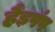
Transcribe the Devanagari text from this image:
हैंड़पंप